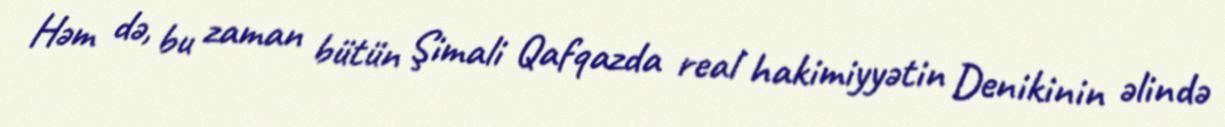
Həm də, bu zaman bütün Şimali Qafqazda real hakimiyyətin Denikinin əlində